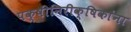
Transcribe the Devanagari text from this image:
पक्षीनिरीक्षिकांना